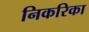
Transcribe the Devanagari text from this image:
निकरिका